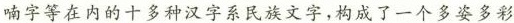
喃字等在内的十多种汉字系民族文字，构成了一个多姿多彩